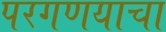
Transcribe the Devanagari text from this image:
परगणयाचा